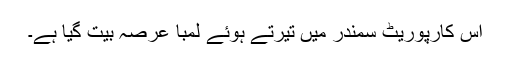
اس کارپوریٹ سمندر میں تیرتے ہوئے لمبا عرصہ بیت گیا ہے۔